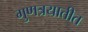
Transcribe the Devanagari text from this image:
गुणत्रयातीत